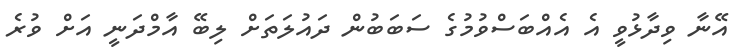
އޭނާ ވިދާޅުވީ އެ އެއްބަސްވުމުގެ ސަބަބުން ދައުލަތަށް ލިބޭ އާމްދަނީ އަށް ވުރެ